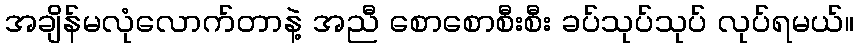
အချိန်မလုံလောက်တာနဲ့ အညီ စောစောစီးစီး ခပ်သုပ်သုပ် လုပ်ရမယ်။